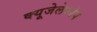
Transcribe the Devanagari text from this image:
क्‍यूजेलेफोप